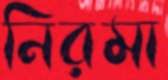
নিরমা